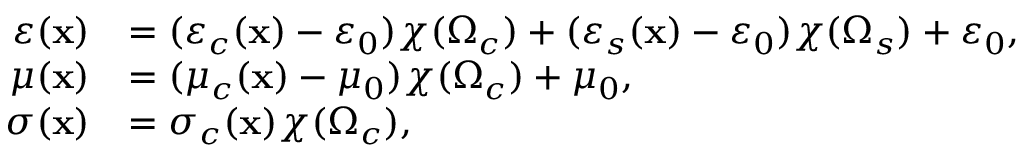
\begin{array} { r l } { \varepsilon ( \mathbf { x } ) } & { = ( \varepsilon _ { c } ( \mathbf { x } ) - \varepsilon _ { 0 } ) \chi ( \Omega _ { c } ) + ( \varepsilon _ { s } ( \mathbf { x } ) - \varepsilon _ { 0 } ) \chi ( \Omega _ { s } ) + \varepsilon _ { 0 } , } \\ { \mu ( \mathbf { x } ) } & { = ( \mu _ { c } ( \mathbf { x } ) - \mu _ { 0 } ) \chi ( \Omega _ { c } ) + \mu _ { 0 } , } \\ { \sigma ( \mathbf { x } ) } & { = \sigma _ { c } ( \mathbf { x } ) \chi ( \Omega _ { c } ) , } \end{array}